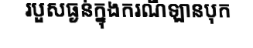
របួសធ្ងន់ក្នុងករណីឡានបុក